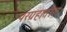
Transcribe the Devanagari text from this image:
परग्रहातील